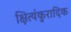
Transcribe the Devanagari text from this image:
क्षित्यंकुरादिक